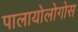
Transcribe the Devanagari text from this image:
पालायोलोगोस